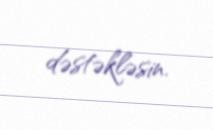
dəstəkləsin.